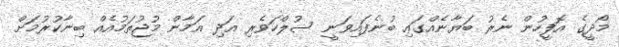
މޯދީގެ އޮފީހުން ނެރުު ބަޔާނެއްގައި ބުނެފައިވަނީ ސުލްހަވެރި އަދި އަމާން މުޖުތަމުއެއް ބިނާކުރުމަށް